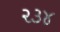
૨૩૪